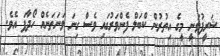
ޝަރީފުވަނީ މީގެ އިތުރުން ކްބަލް ފެންވަރުގައި ވެސް ގިނަ ވަނަތަނެއް ހޯދާފަ އެވެ.